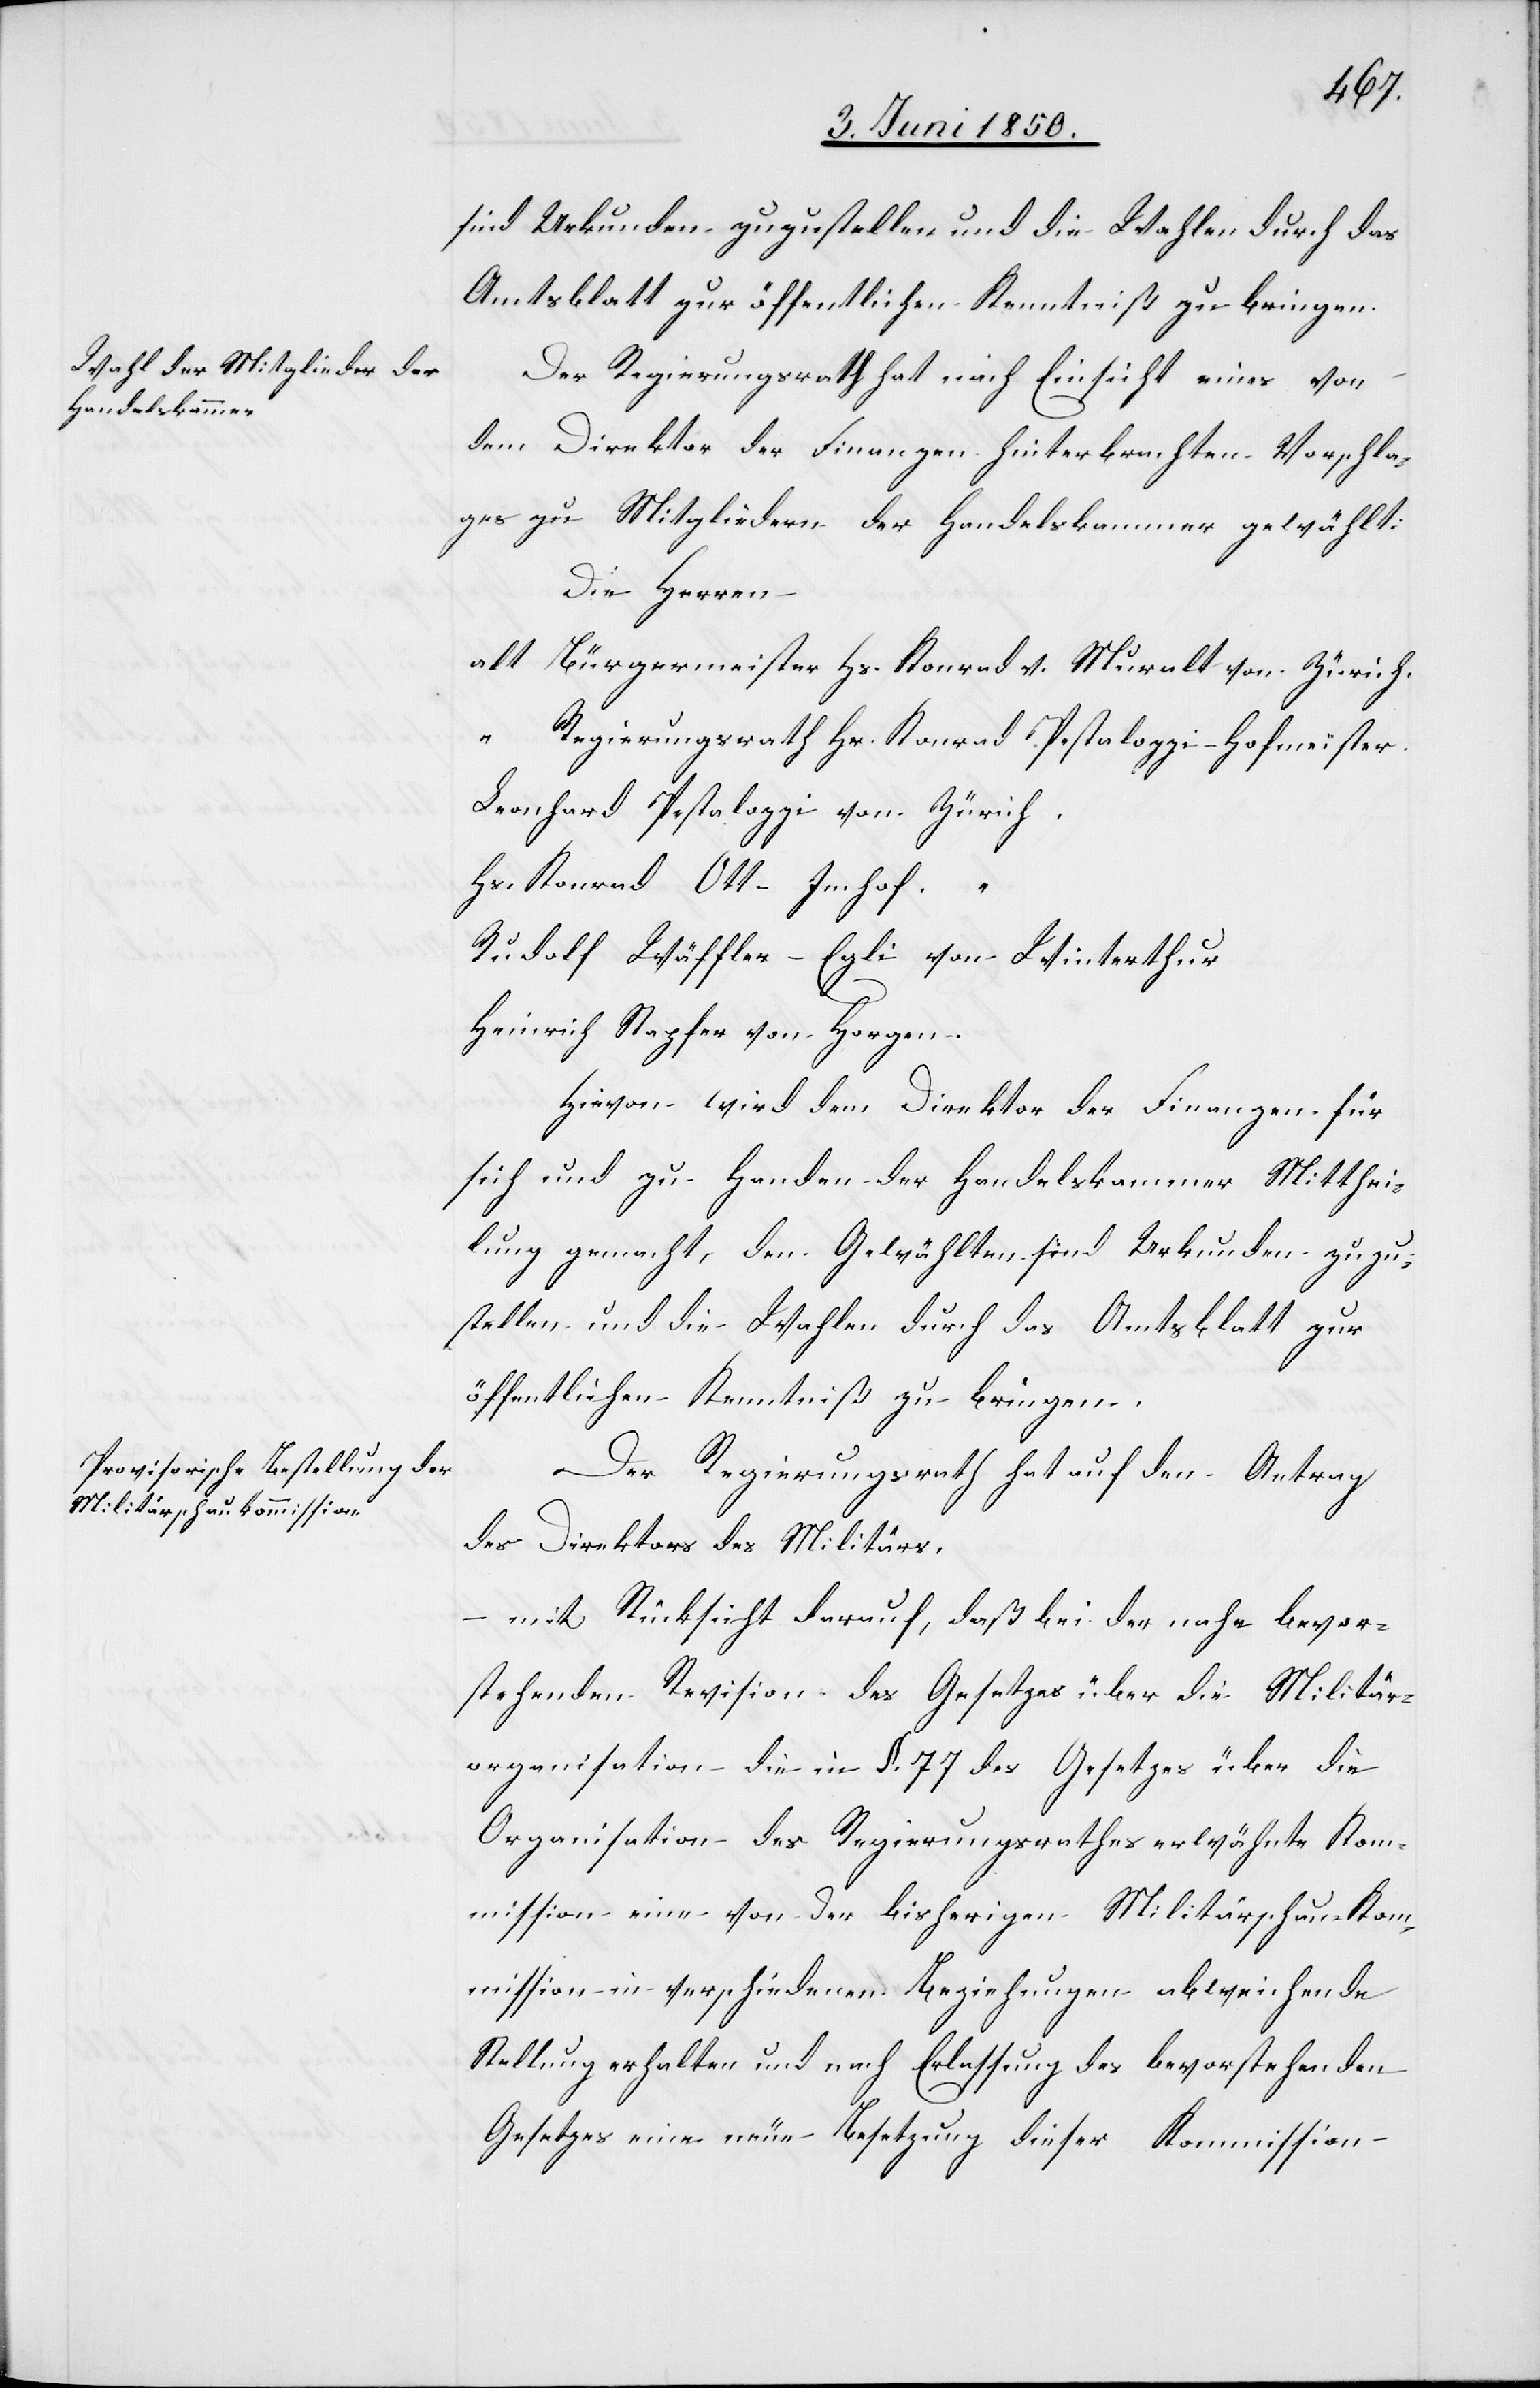
sind Urkunden zuzustellen und die Wahlen durch das
Amtsblatt zur öffentlichen Kenntniß zu bringen.
Der Regierungsrath hat nach Einsicht eines von
dem Direktor der Finanzen hinterbrachten Vorschla¬
ges zu Mitgliedern der Handelskammer gewählt:
Die Herren
alt Bürgermeister Hs. Konrad v. Muralt von Zürich.
“ Regierungsrath Hr. Konrad Pestalozzi-Hofmeister.
Leonhard Pestalozzi von Zürich.
Hs. Konrad Ott-Imhof
“
Rudolf Wäffler-Egli von Winterthur
Heinrich Stapfer von Horgen.
Hievon wird dem Direktor der Finanzen für
sich und zu Handen der Handelskammer Mitthei¬
lung gemacht, den Gewählten sind Urkunden zuzu¬
stellen und die Wahlen durch das Amtsblatt zur
öffentlichen Kenntniß zu bringen.
Der Regierungsrath hat auf den Antrag
des Direktors des Militärs,
– mit Rücksicht darauf, daß bei der nahe bevor¬
stehenden Revision des Gesetzes über die Militär¬
organisation die in §. 77 des Gesetzes über die
Organisation des Regierungsrathes erwähnte Kom¬
mission eine von der bisherigen Militärschau-Kom¬
mission in verschiedenen Beziehungen abweichende
Stellung erhalten und nach Erlassung des bevorstehenden
Gesetzes eine neue Besetzung dieser Kommission